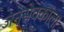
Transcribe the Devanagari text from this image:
जनसेवकाला